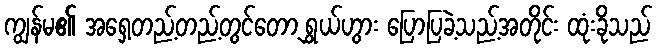
ကျွန်မ၏ အရှေ့တည့်တည့်တွင်တော့ ရွှယ်ဟွား ပြောပြခဲ့သည့်အတိုင်း ထုံးခိုသည်